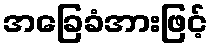
အခြေခံအားဖြင့်